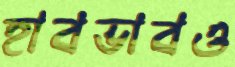
হাবভাবও